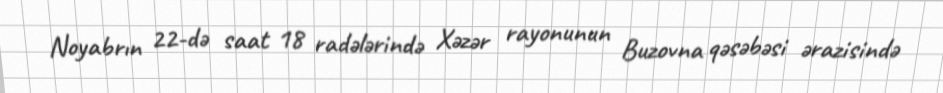
Noyabrın 22-də saat 18 radələrində Xəzər rayonunun Buzovna qəsəbəsi ərazisində